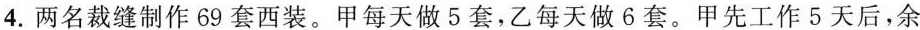
4.两名裁缝制作69套西装。甲每天做5套，乙每天做6套。甲先工作5天后，余